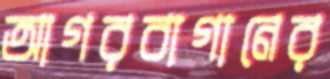
আগরবাগানের